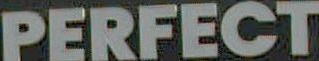
PERFECT